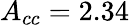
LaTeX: A_{cc}=2.34